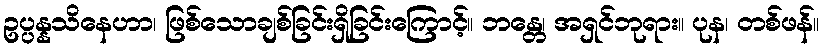
ဥပ္ပန္နသိနေဟာ၊ ဖြစ်သောချစ်ခြင်းရှိခြင်းကြောင့်။ ဘန္တေ၊ အရှင်ဘုရား။ ပုန၊ တစ်ဖန်။